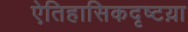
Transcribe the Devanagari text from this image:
ऐतिहासिकदृष्टय़ा